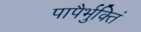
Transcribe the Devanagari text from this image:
पापैर्भुक्तिं